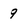
Character: 9